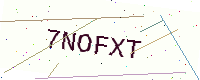
Text: 7NOFXT